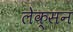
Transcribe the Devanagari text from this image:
लेक्सन